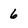
Character: 6